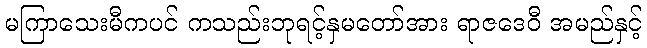
မကြာသေးမီကပင် ကသည်းဘုရင့်နှမတော်အား ရာဇဒေဝီ အမည်နှင့်